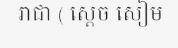
រាជា ( ស្តេច សៀម